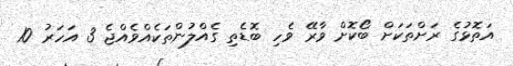
އަތޮޅުގެ ރަށްތަކަށް ބޯކޮށް ވާރޭ ވެހި ބޮޑެތި ގެއްލުންތަކެއްވެއްޖެ 3 އަހަރު 10